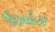
الشريرة